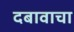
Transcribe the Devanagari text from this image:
दबावाचा